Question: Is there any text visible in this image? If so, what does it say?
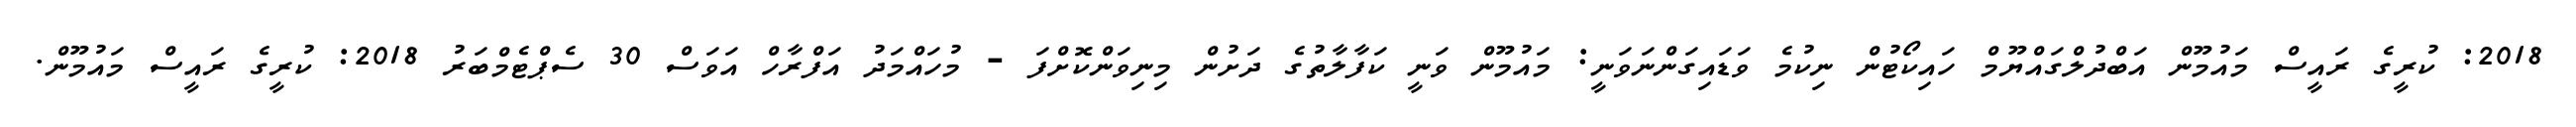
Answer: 2018: ކުރީގެ ރައީސް މައުމޫން އަބްދުލްގައްޔޫމް ހައިކޯޓުން ނިކުމެ ވަޑައިގަންނަވަނީ: މައުމޫން ވަނީ ކަފާލާތުގެ ދަށުން މިނިވަންކޮށްފަ - މުހައްމަދު އަފްރާހް އަވަސް 30 ސެޕްޓެމްބަރު 2018: ކުރީގެ ރައީސް މައުމޫން.